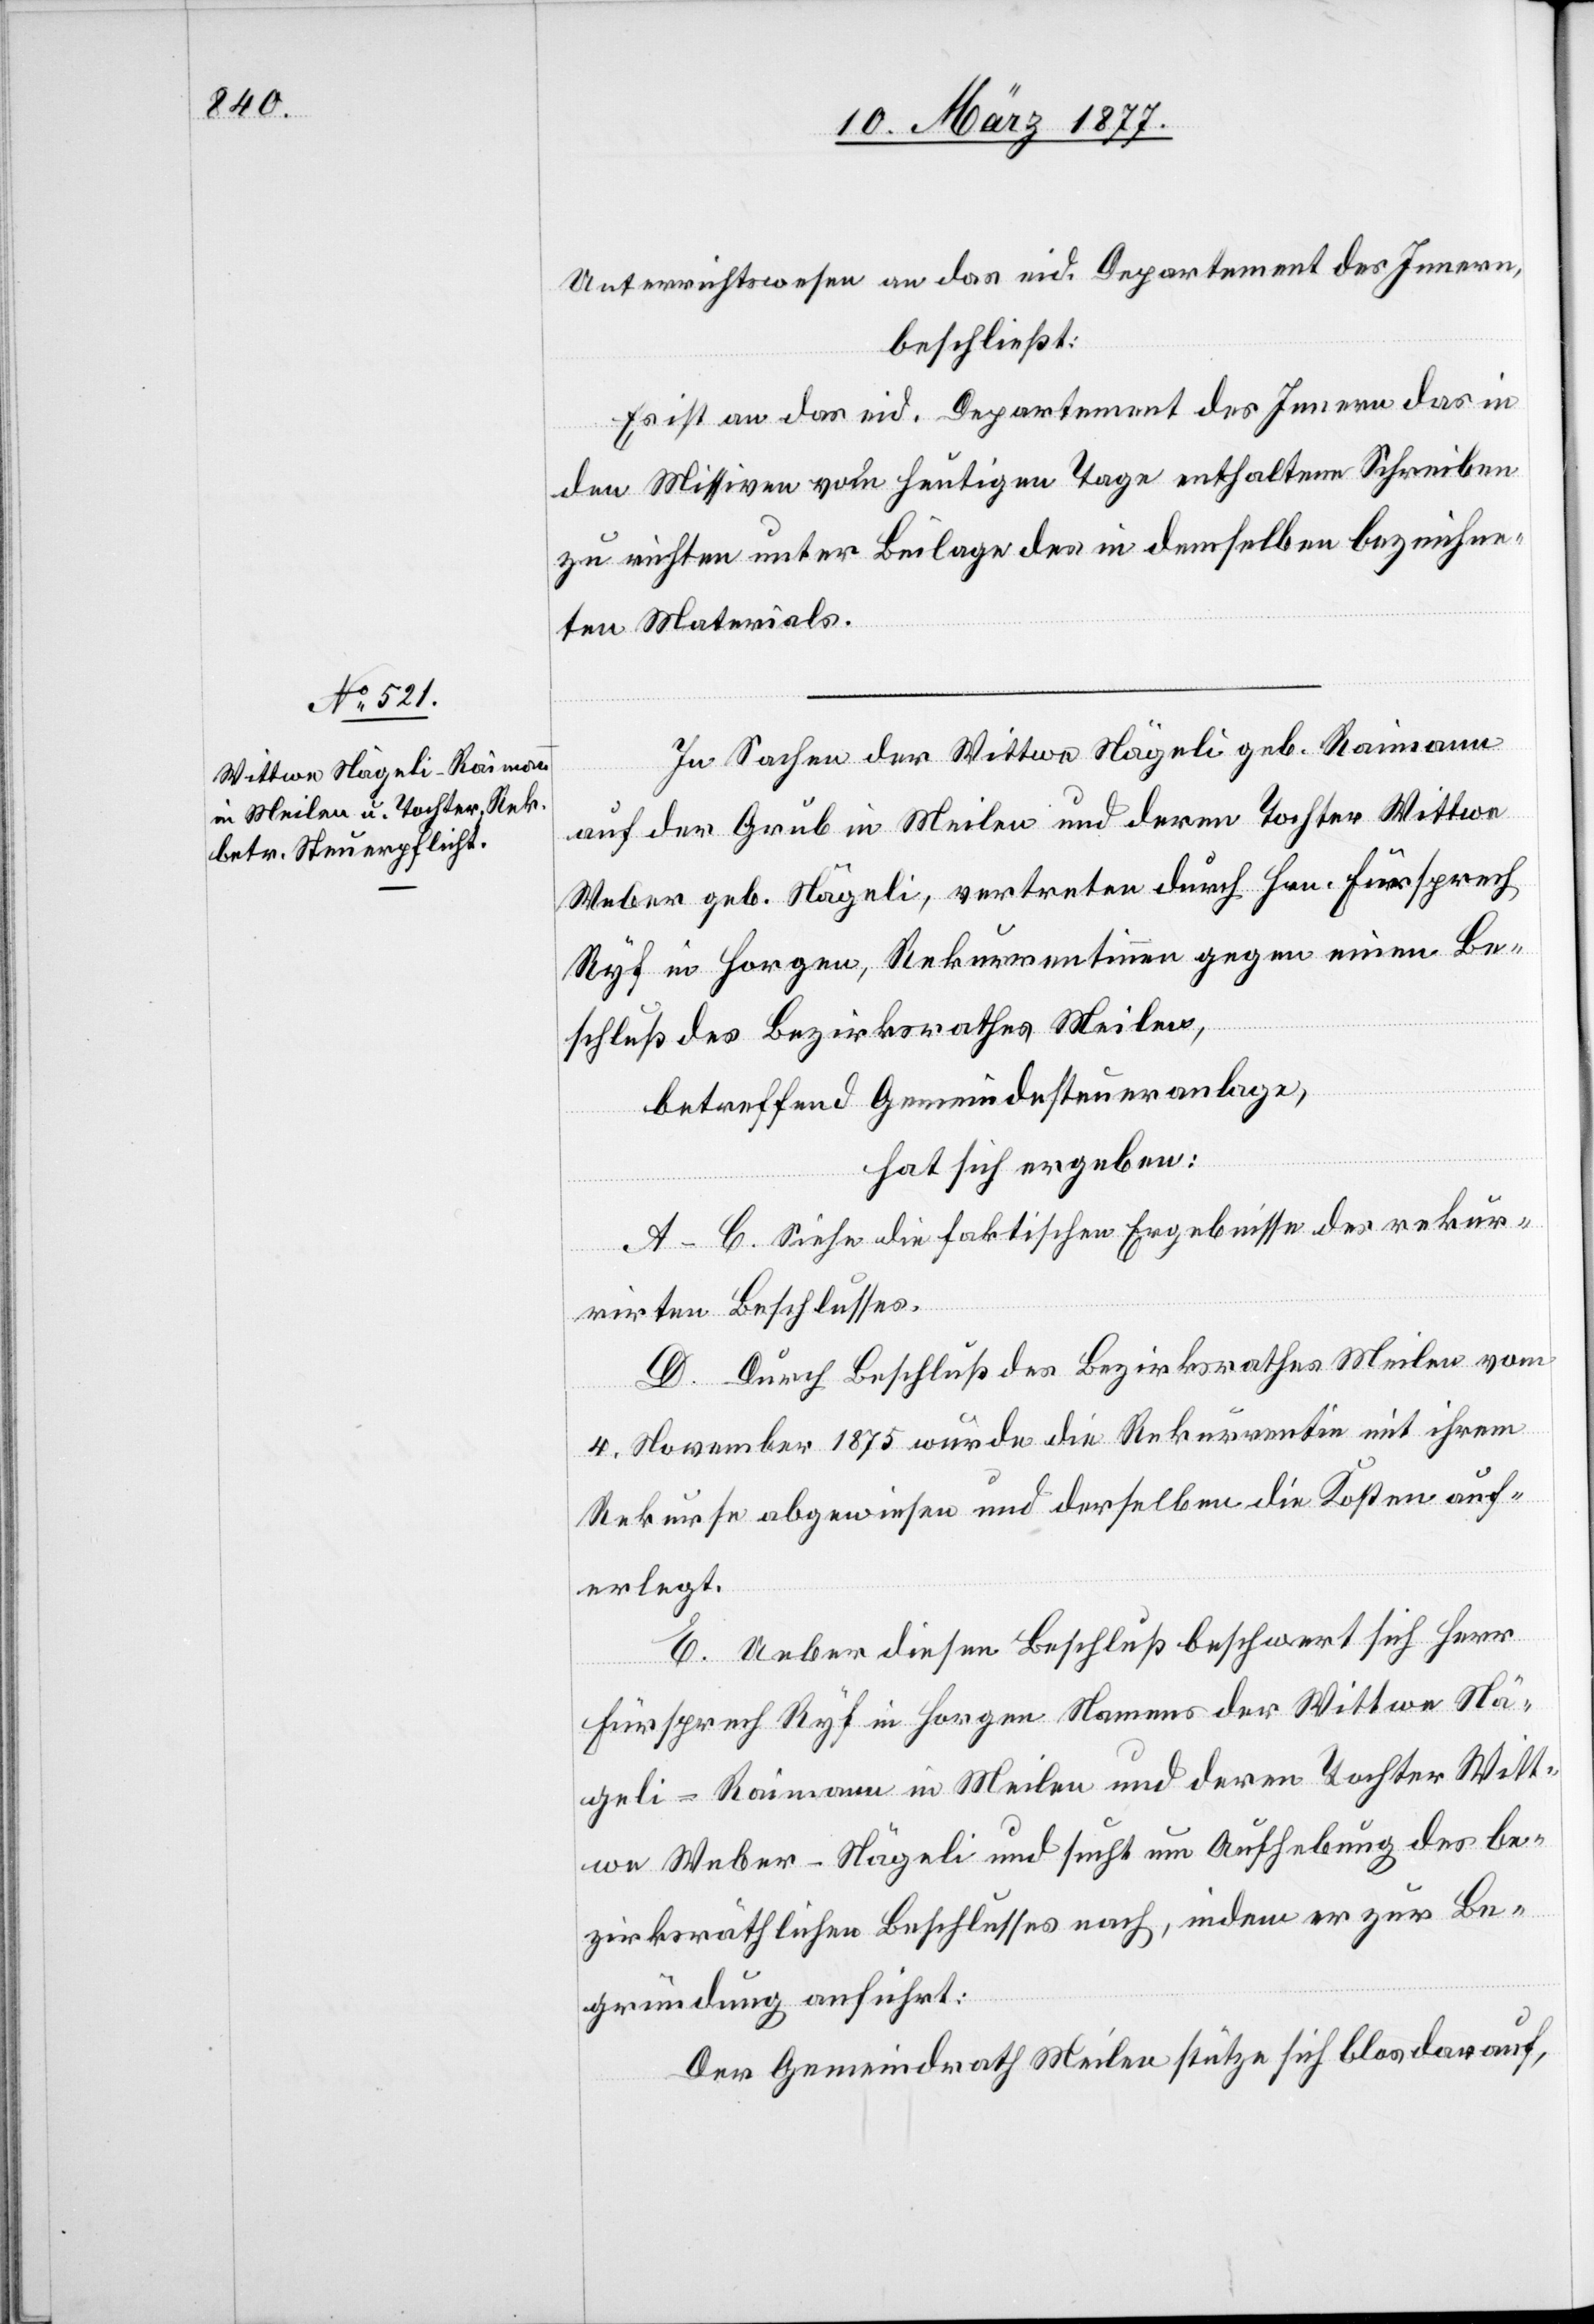
Unterrichtswesen an das eid. Departement des Innern,
beschließt:
Es ist an das eid. Departement des Innern das in
den Missiven vom heutigen Tage enthaltene Schreiben
zu richten unter Beilage des in demselben bezeichne¬
ten Materials.
In Sachen der Wittwe Nägeli geb. Raimann
auf der Grub in Meilen und deren Tochter Wittwe
Weber geb. Nägeli, vertreten durch Hrn. Fürsprech
Ryf in Horgen, Rekurrentinnen gegen einen Be¬
schluß des Bezirksrathes Meilen,
betreffend Gemeindesteueranlage,
hat sich ergeben:
A–C. Siehe die faktischen Ergebnisse des rekur¬
rirten Beschlusses.
D. Durch Beschluß des Bezirksrathes Meilen vom
4. November 1875 wurde die Rekurrentin mit ihrem
Rekurse abgewiesen und derselben die Kosten auf¬
erlegt.
E. Ueber diesen Beschluß beschwert sich Herr
Fürsprech Ryf in Horgen Namens der Wittwe Nä¬
geli-Raimann in Meilen und deren Tochter Witt¬
we Weber-Nägeli und sucht um Aufhebung des be¬
zirksräthlichen Beschlusses nach, indem er zur Be¬
gründung anführt:
Der Gemeindrath Meilen stütze sich blos darauf,